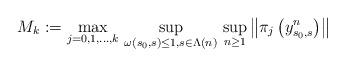
LaTeX: \begin{align*}M_{k}:=\max_{j=0,1,\dots ,k}\,\sup_{\omega \left( s_{0},s\right) \leq 1,s\in\Lambda \left( n\right) }\,\sup_{n\geq 1}\left\Vert \pi _{j}\left(y_{s_{0},s}^{n}\right) \right\Vert \end{align*}